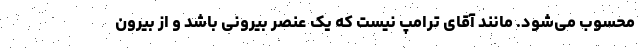
محسوب می‌شود. مانند آقای ترامپ نیست که یک عنصر بیرونی باشد و از بیرون